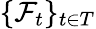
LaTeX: \{ {\mathcal{F}}_{t}\} _{t\in T}